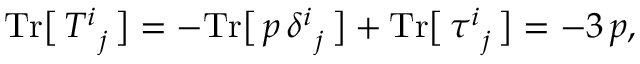
\begin{array} { r } { \mathrm { T r } \big [ \, T _ { \, \, \, j } ^ { i } \, \big ] = - \mathrm { T r } \big [ \, p \, \delta _ { \, \, \, j } ^ { i } \, \big ] + \mathrm { T r } \big [ \, \tau _ { \, \, \, j } ^ { i } \, \big ] = - 3 \, p , } \end{array}